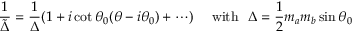
\frac { 1 } { \tilde { \Delta } } = \frac { 1 } { \Delta } ( 1 + i \cot \theta _ { 0 } ( \theta - i \theta _ { 0 } ) + \cdots ) \quad ~ \mathrm { w i t h } ~ ~ \Delta = \frac { 1 } { 2 } m _ { a } m _ { b } \sin \theta _ { 0 }